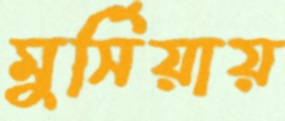
মুর্সিয়ায়